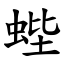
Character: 蜌